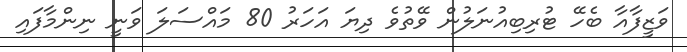
ވަޒީފާއާ ބެހޭ ޓުރިބިއުނަލުން ވޭތުވެ ދިޔަ އަހަރު 80 މައްސަލަ ވަނީ ނިންމާފައި